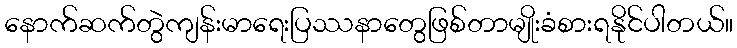
နောက်ဆက်တွဲကျန်းမာရေးပြဿနာတွေဖြစ်တာမျိုးခံစားရနိုင်ပါတယ်။